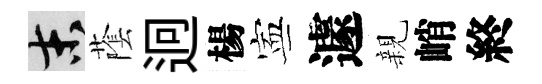
末䕃迥楊寕遽親峭終